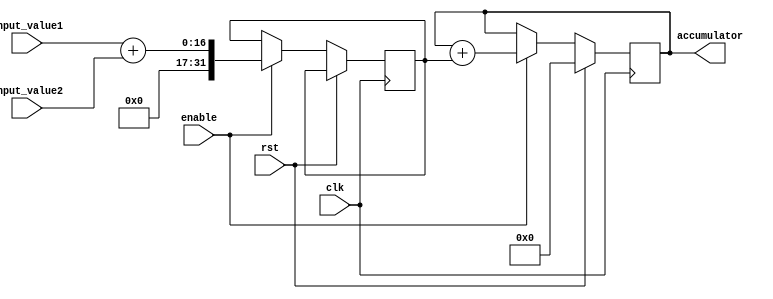
module fixed_point_accumulator (
    input wire clk,
    input wire rst,
    input wire enable,
    input wire [15:0] input_value1,
    input wire [15:0] input_value2,
    output reg [31:0] accumulator
);

reg [31:0] sum;

always @(posedge clk) begin
    if (rst) begin
        accumulator <= 0;
    end else if (enable) begin
        sum <= input_value1 + input_value2;
        accumulator <= accumulator + sum;
    end
end

endmodule